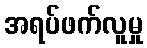
အရပ်ဖက်လူမှု